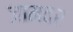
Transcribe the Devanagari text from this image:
जामवर